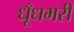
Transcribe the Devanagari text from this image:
धूँधभरी